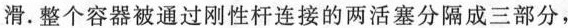
滑。整个容器被通过刚性杆连接的两活塞分隔成三部分，